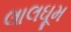
લાલઘૂમ